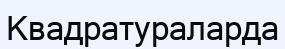
Квадратураларда